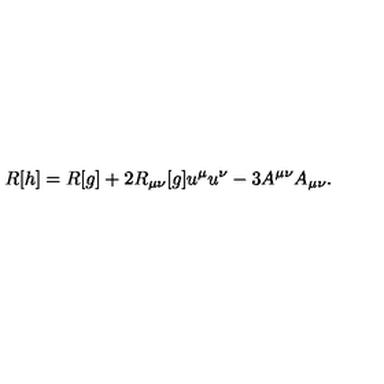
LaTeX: R [ h ] = R [ g ] + 2 R _ { \mu \nu } [ g ] u ^ { \mu } u ^ { \nu } - 3 A ^ { \mu \nu } A _ { \mu \nu } .